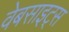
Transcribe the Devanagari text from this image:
वेबसाइट्‌स